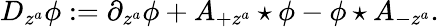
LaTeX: D_{z^{a}}\phi:=\partial_{z^{a}}\phi+A_{+z^{a}}\star\phi-\phi\star A_{-z^{a}}.